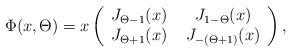
LaTeX: \begin{align*} \Phi(x,\Theta)=x\left(\begin{array}{cc}J_{\Theta-1}(x) &~J_{1-\Theta}(x)\\J_{\Theta+1}(x) &~J_{-(\Theta+1)}(x)\end{array}\right),\end{align*}